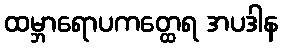
ထမ္ဘာရောပကတ္ထေရ အပဒါန